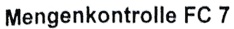
Text: Mengenkontrolle FC 7